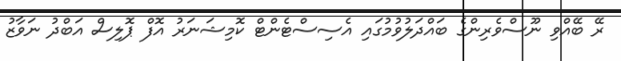
ރޭ ބޭއްވި ނޫސްވެރިންގެ ބައްދަލުވުމުގައި އެސިސްޓެންޓް ކޮމިޝަނަރު އޮފް ޕޮލިސް އަބްދު ނަވާޒު